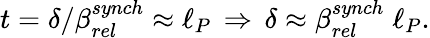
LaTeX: t=\delta/\beta_{rel}^{synch}\approx\ell_{P}\, \Rightarrow\, \delta\approx\beta_{rel}^{synch}\; \ell_{P}.